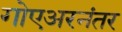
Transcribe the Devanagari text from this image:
गोएअरनंतर